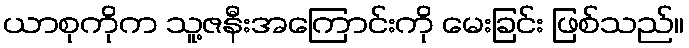
ယာစုကိုက သူ့ဇနီးအကြောင်းကို မေးခြင်း ဖြစ်သည်။